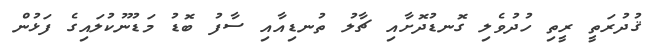
ޤުދުރަތީ ރީތި ހުދުވެލި ގޮނޑުދޮށާއި ޗާލު ތުނޑިއާއި ސާފު ބޮޑު މަޑުނޫކުލައިގެ ފަޅުން